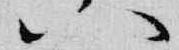
八